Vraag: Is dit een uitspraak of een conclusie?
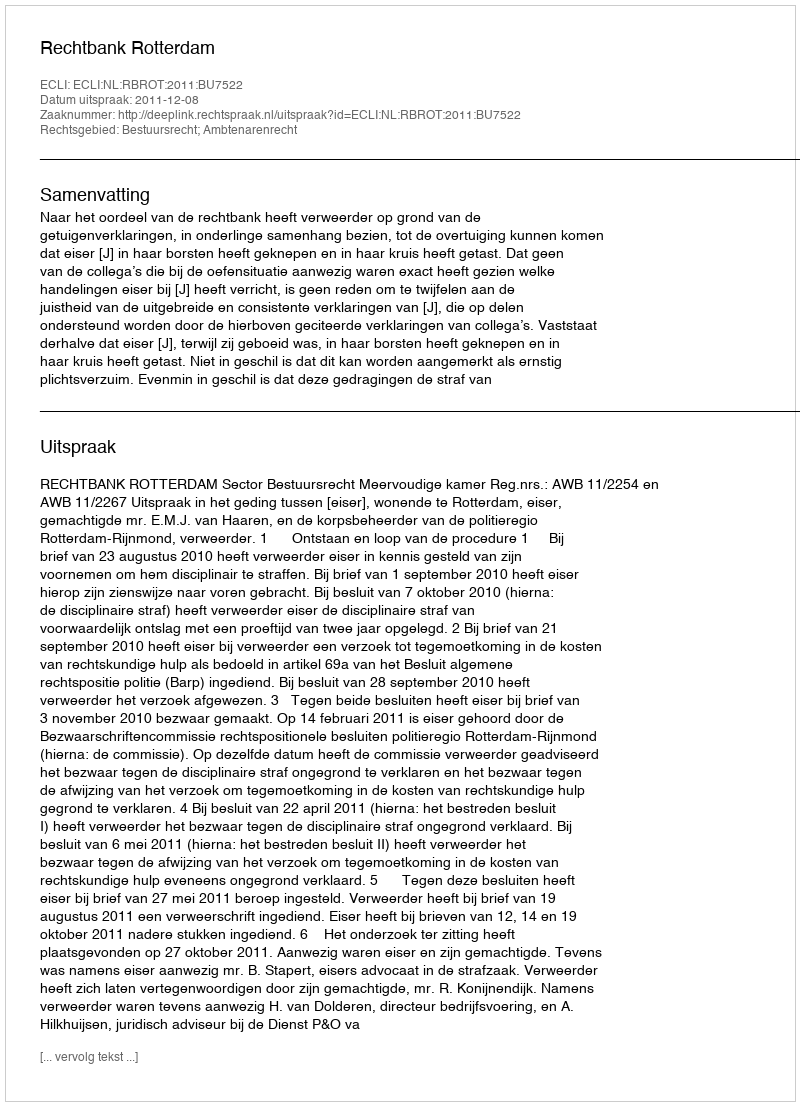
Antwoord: Uitspraak